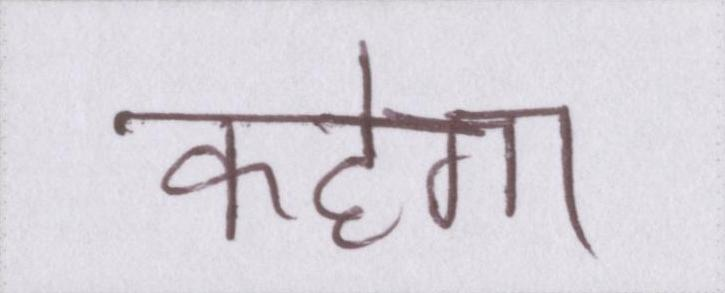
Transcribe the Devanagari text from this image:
कहेगा